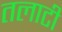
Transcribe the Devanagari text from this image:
तलाटी